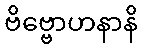
ဗိဗ္ဗောဟနာနိ